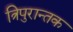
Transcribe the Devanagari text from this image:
त्रिपुरान्तक